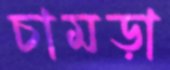
চামড়া